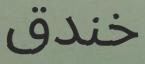
خندق